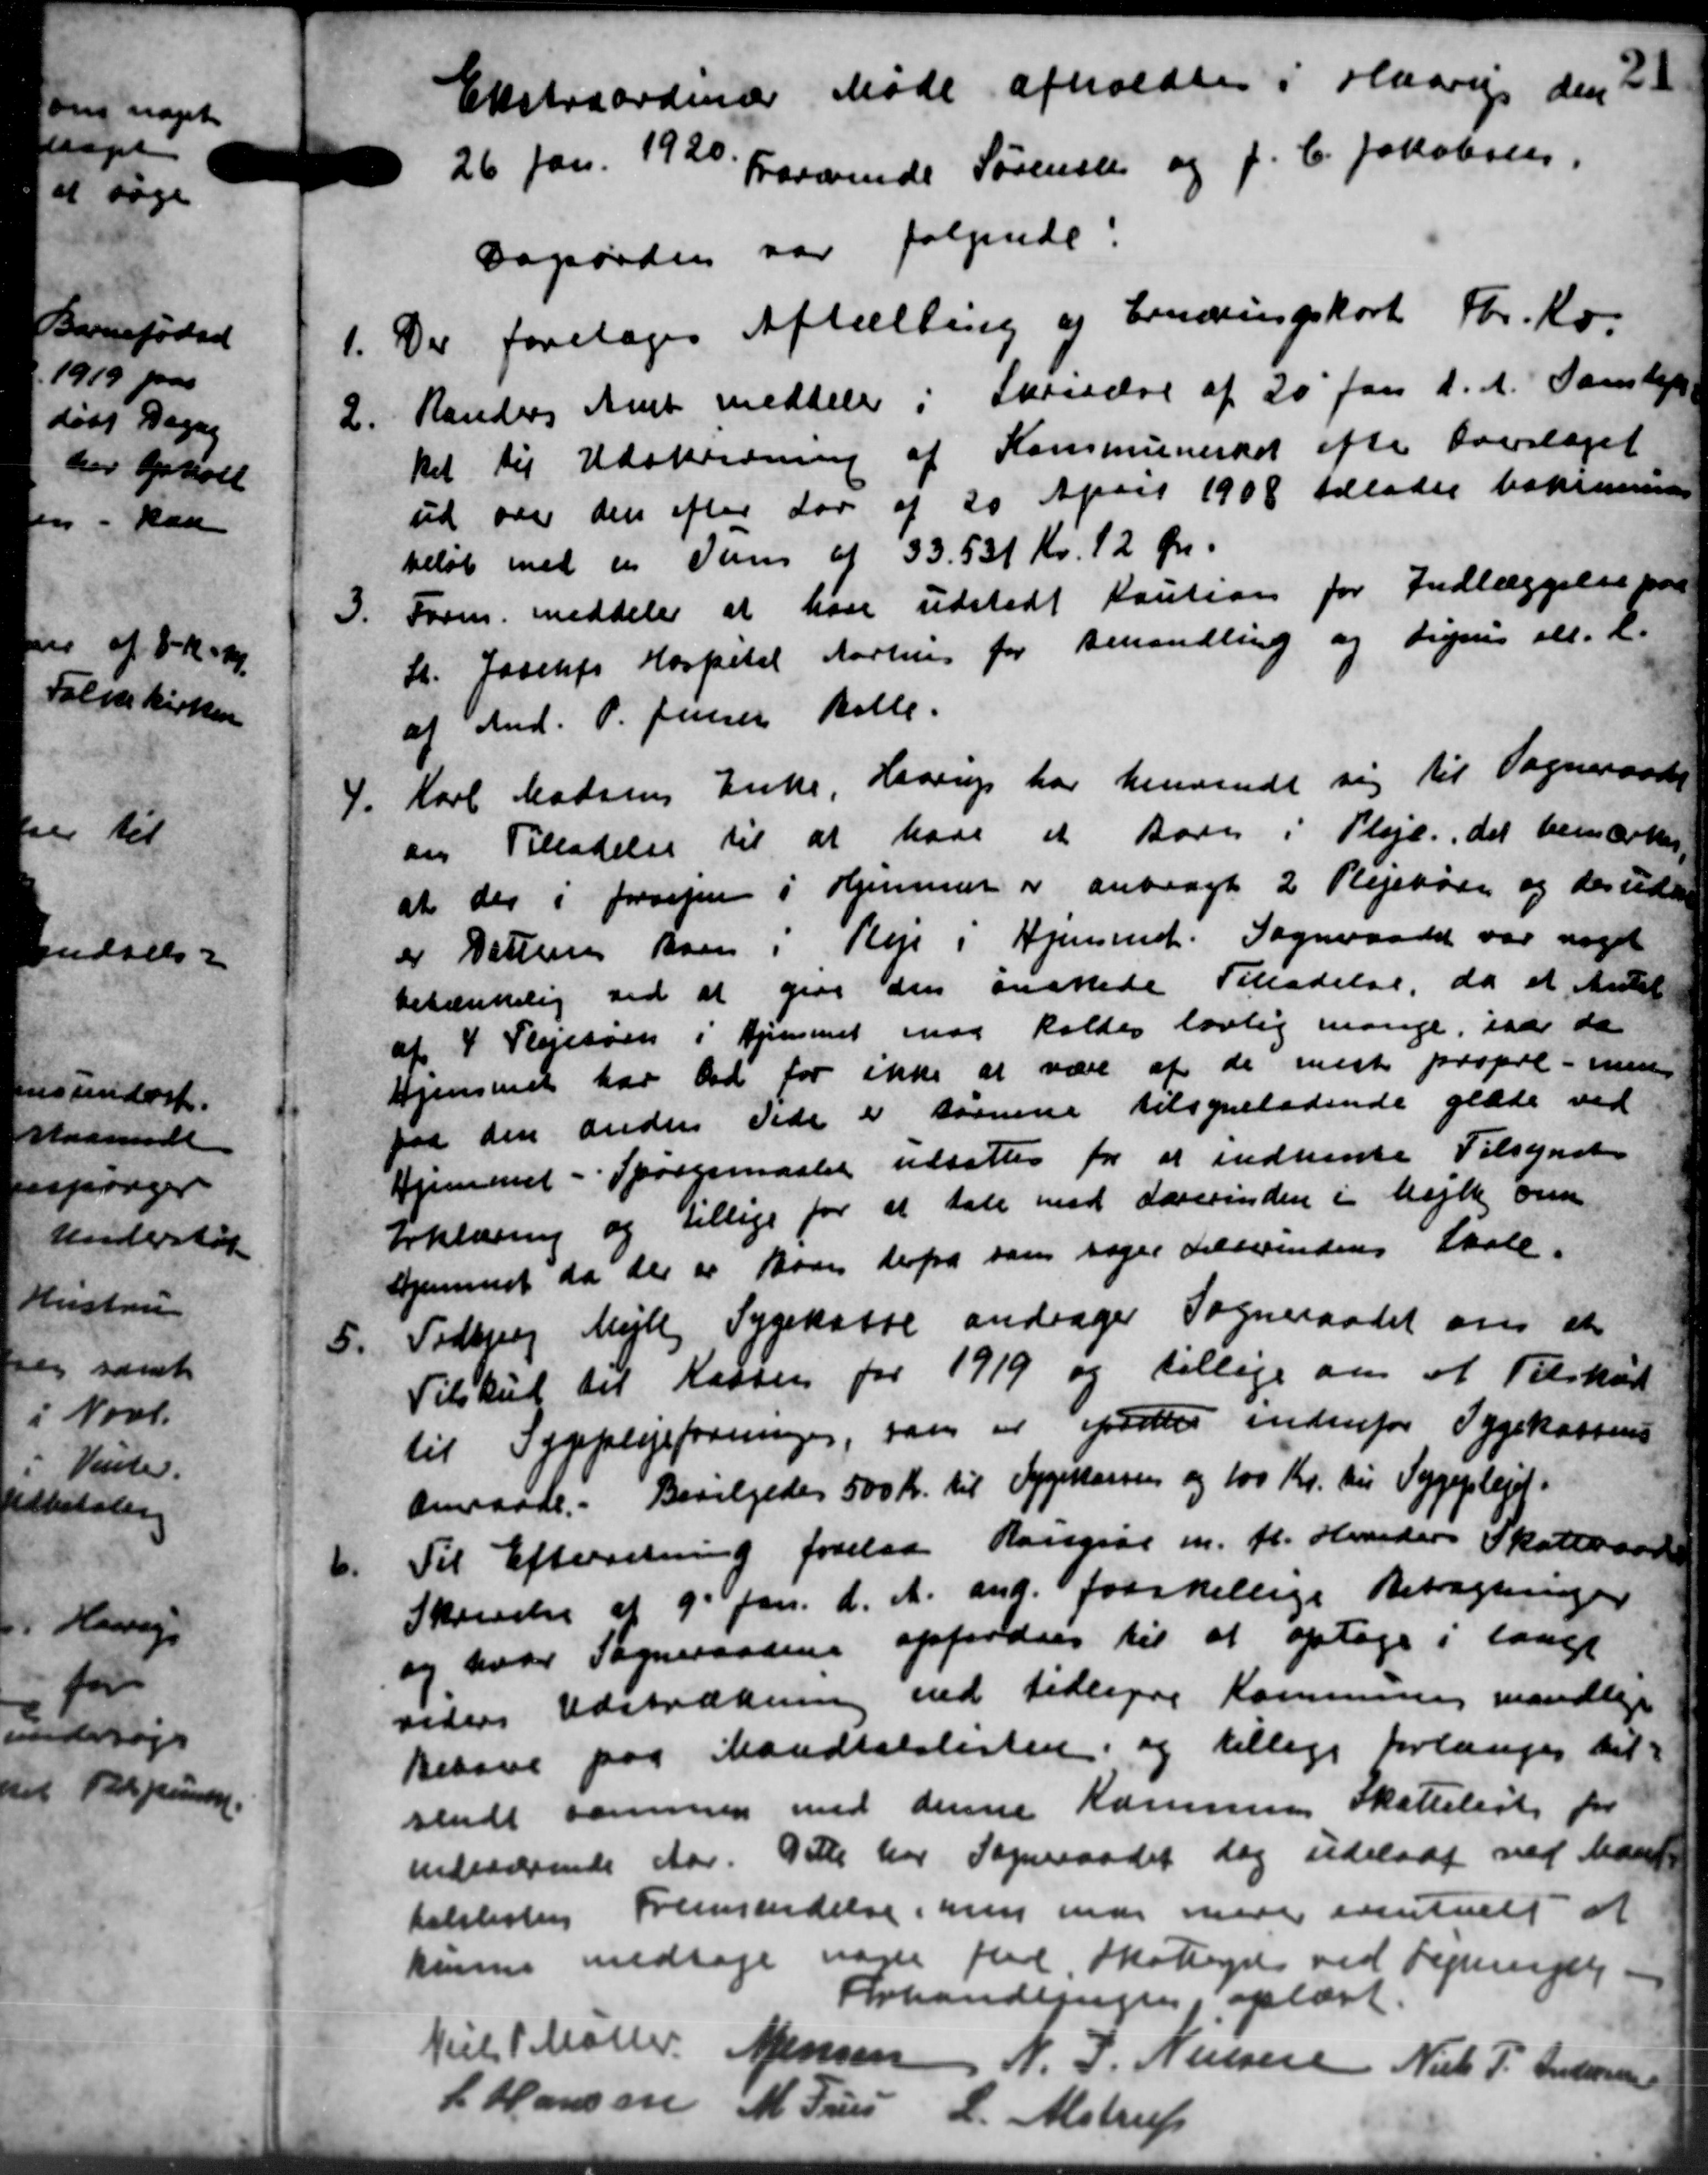
Transskription:
Ekstraordinær Møde afholdtes i Haarup den 21
26 Jan. 1920
Fraværende Sørensen og J. C. Jakobsen,
Dagsorden var følgende:
1.
Der foretoges Aftælling af Emneringskort For. Kv.
2.
Randers Amt meddeler i Skrivelse af 20' Jan d. A. Samli
ket til Udskrivning af Kommuneskat efter Overslaget
ud var den efter Lov af 20 April 1908 tillader bekommer
beløb med en Sum af 33.531 Kr. 12 Øre.
3.
Form meddeler at have udstedt Kaution for Indlæggelse paa
St. Josefs Hospital Aarhus for Behandling og Liges all. L.
af And. P. Jensen Balle.
4.
Karl Madsens Enke, Haarup har henvendt sig til Sogneraadet
om Tilladelse til at have et Barn i Pleje, det bemærkes
at der i foresper i Hjemmer er anbragt 2 Plejebørn og der uden
er Dattens Barn i Pleje i Hjemmet. Sogneraadet var noget
betænkelig ved at give den ansattede Tilladelse, da et Amtet
af 4 Plejesøen i Hjemmet maa kaldes lovlig mange, iaar da
Hjemmet har ved for ikke at være af de mest propre - men
paa den anden Side er sørnene tilsyneladende glæde ved
Hjemmet - Spørgsmaalet udsættes for at indhente Tilsynet
Erklæring og tillige for at tale med Lærerinden i Mejlby om
hjemmet da der er Barn derfra som søger Tellerindens Skole.
5.
Tidbjerg Mejlby Sygekasse andrager Sogneraadet om at
Tilskud til Kassen for 1919 og tillige om at Tilskud
til Sygeplejeforeninger, som er oprettes indenfor Sygekassens
amraade. Bevilgedes 500 Kr. til Sygekassen og 100 Kr. til Sygeplejet.

Til Efterretning forelaa Rougsø m. fl. Henders Skatteaar
Skrivelse af 9 Jan. d. A. and. forskellige Betragtninger
og hver Sogneraaden opfordres til at optage i langt
videre Udstrækning ved tidligere Kommunens mandlige
Behave paa Mandtalslisten og tillige forlanges til
sendt sammen med denne Kommunes Skatteliste for
indeværende Aar. Dette har Sogneraadet dog udeladt ved Mart
talslister Fremsendelse, men de med eventuelt at
kunne medtage være fra Skatteyde ved Regnings
Forhandlingen, oplæst.
Niels Møller
Jensen
N. J. Nielsen
Niels P. Andersen
L Hansen M. Trus
L. Alstrup